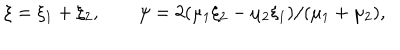
\xi = \xi _ { 1 } + \xi _ { 2 } , \qquad \psi = 2 ( \mu _ { 1 } \xi _ { 2 } - \mu _ { 2 } \xi _ { 1 } ) / ( \mu _ { 1 } + \mu _ { 2 } ) ,